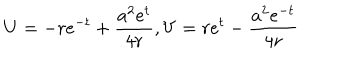
LaTeX: U = - r e ^ { - t } + \frac { a ^ { 2 } e ^ { t } } { 4 r } , V = r e ^ { t } - \frac { a ^ { 2 } e ^ { - t } } { 4 r }